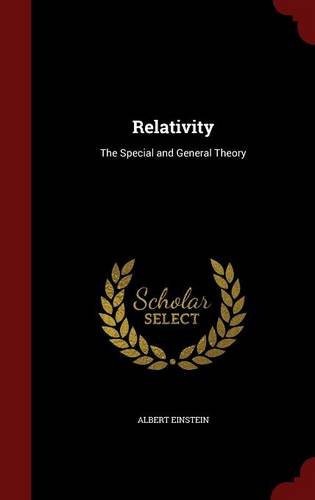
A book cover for Relativity: The Special and General Theory; Albert Einstein; Science & Math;